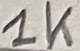
Text: 1K